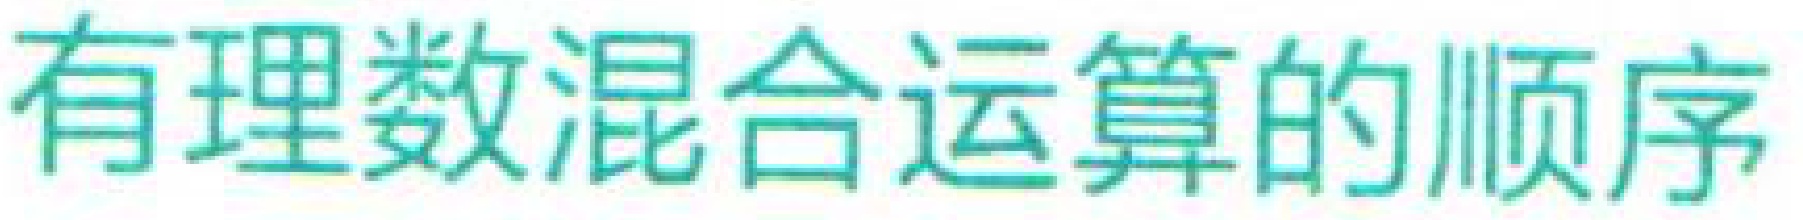
有理数混合运算的顺序